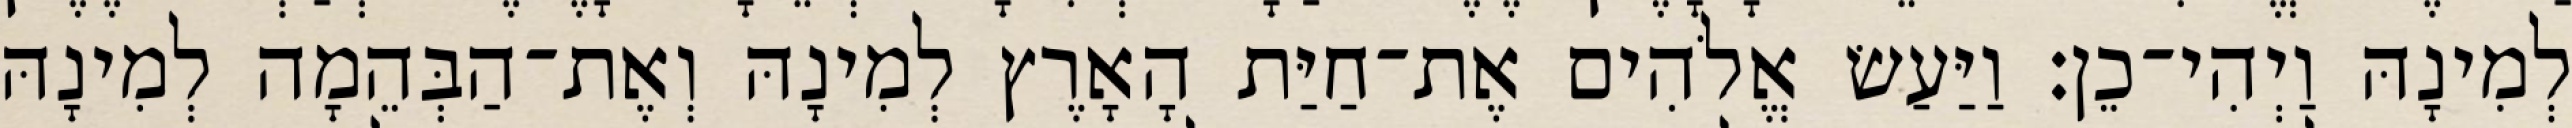
לְמִינָהּ וַיְהִי־כֵן׃ וַיַּעַשׂ אֱלֹהִים אֶת־חַיַּת הָאָרֶץ לְמִינָהּ וְאֶת־הַבְּהֵמָה לְמִינָהּ